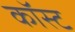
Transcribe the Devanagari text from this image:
कॉस्‍ट